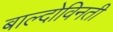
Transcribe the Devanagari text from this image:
बाल्दोविनती